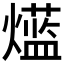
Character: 𱬡